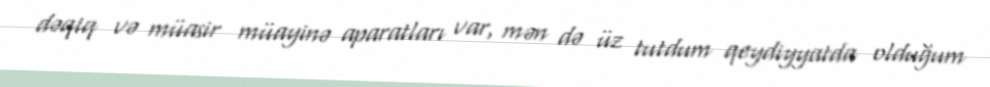
dəqiq və müasir müayinə aparatları var, mən də üz tutdum qeydiyyatda olduğum